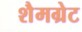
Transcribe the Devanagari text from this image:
शैमग्रेट